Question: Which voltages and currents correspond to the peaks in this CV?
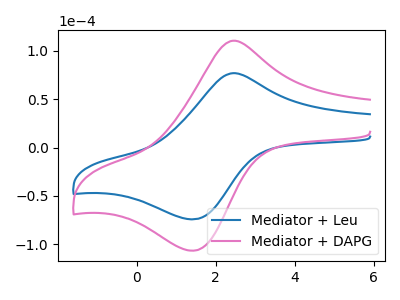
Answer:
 <answer>The blue curve "Mediator + Leu" has an anodic peak at (2.45V, 76.75uA) and a cathodic peak at (1.45V, -74.15uA). The pink curve "Mediator + DAPG" has an anodic peak at (2.45V, 110.30uA) and a cathodic peak at (1.45V, -106.50uA).</answer>
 <eval></eval>